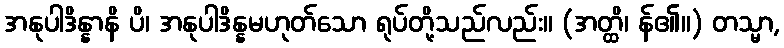
အနုပါဒိန္နာနိ ပိ၊ အနုပါဒိန္နမဟုတ်သော ရုပ်တို့သည်လည်း။ (အတ္ထိ၊ န်၏။) တသ္မာ,